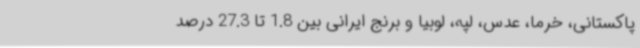
پاکستانی، خرما، عدس، لپه، لوبیا و برنج ایرانی بین 1.8 تا 27.3 درصد